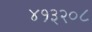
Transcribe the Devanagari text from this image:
४१३२०८